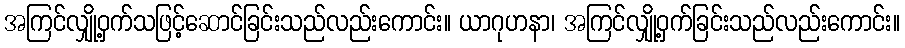
အကြင်လျှို့ဝှက်သဖြင့်ဆောင်ခြင်းသည်လည်းကောင်း။ ယာဂုဟနာ၊ အကြင်လျှို့ဝှက်ခြင်းသည်လည်းကောင်း။